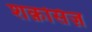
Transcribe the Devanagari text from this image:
शक़सिज़